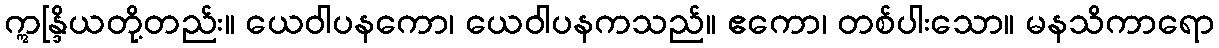
ဣန္ဒြိယတို့တည်း။ ယေဝါပနကော၊ ယေဝါပနကသည်။ ဧကော၊ တစ်ပါးသော။ မနသိကာရော